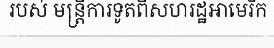
របស់ មន្ត្រីការទូតពីសហរដ្ឋអាមេរិក